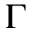
\Gamma